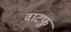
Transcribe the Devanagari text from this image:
वाटफू